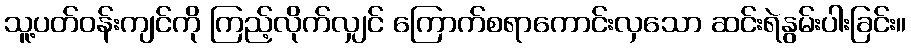
သူ့ပတ်ဝန်းကျင်ကို ကြည့်လိုက်လျှင် ကြောက်စရာကောင်းလှသော ဆင်းရဲနွမ်းပါးခြင်း။